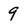
Character: 9